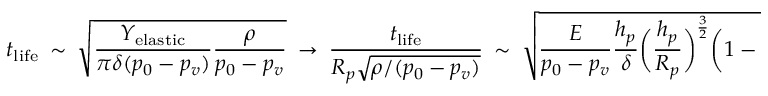
t _ { \mathrm { l i f e } } ~ \sim ~ \sqrt { \frac { Y _ { \mathrm { e l a s t i c } } } { \pi \delta ( p _ { 0 } - p _ { v } ) } \frac { \rho } { p _ { 0 } - p _ { v } } } ~ \rightarrow ~ \frac { t _ { \mathrm { l i f e } } } { R _ { p } \sqrt { \rho / ( p _ { 0 } - p _ { v } ) } } ~ \sim ~ \sqrt { \frac { E } { p _ { 0 } - p _ { v } } \frac { h _ { p } } { \delta } \bigg ( \frac { h _ { p } } { R _ { p } } \bigg ) ^ { \frac { 3 } { 2 } } \bigg ( 1 - \frac { H } { R _ { p } } \bigg ) ^ { \frac { 3 } { 2 } } } .